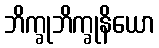
ဘိက္ခုဘိက္ခုနိယော